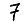
Digit: 7